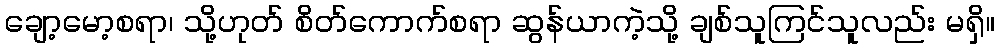
ချော့မော့စရာ၊ သို့ဟုတ် စိတ်ကောက်စရာ ဆွန်ယာကဲ့သို့ ချစ်သူကြင်သူလည်း မရှိ။